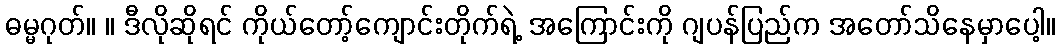
ဓမ္မဂုတ်။ ။ ဒီလိုဆိုရင် ကိုယ်တော့်ကျောင်းတိုက်ရဲ့ အကြောင်းကို ဂျပန်ပြည်က အတော်သိနေမှာပေါ့။